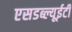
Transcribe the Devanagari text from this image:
एसडब्ल्यूईटी